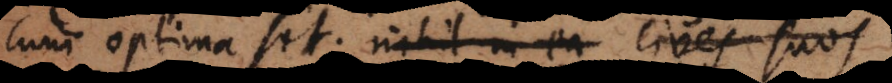
cum optima sit, nihil in ea cives su